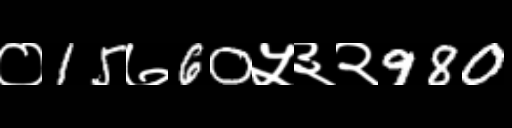
Text: ०15७60५३२980